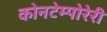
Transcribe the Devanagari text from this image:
कोनटेम्पोरेरी